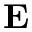
\mathbf E